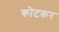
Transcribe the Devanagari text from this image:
कोटकर